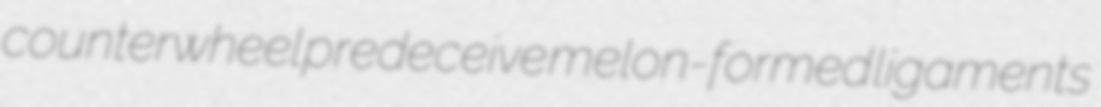
counterwheel predeceive melon-formed ligaments